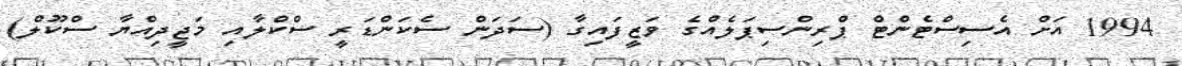
1994 އަށް އެސިސްޓެންޓް ޕްރިންސިޕަލެއްގެ ވަޒީފައިގާ (ސަދަން ސެކަންޑަރީ ސްކްލާއި މަޖީދިއްޔާ ސްކޫލް)